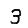
Digit: 3